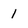
Character: 1